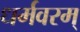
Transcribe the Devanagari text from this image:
धर्मवरम्